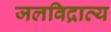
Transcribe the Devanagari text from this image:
जलविद्राव्य